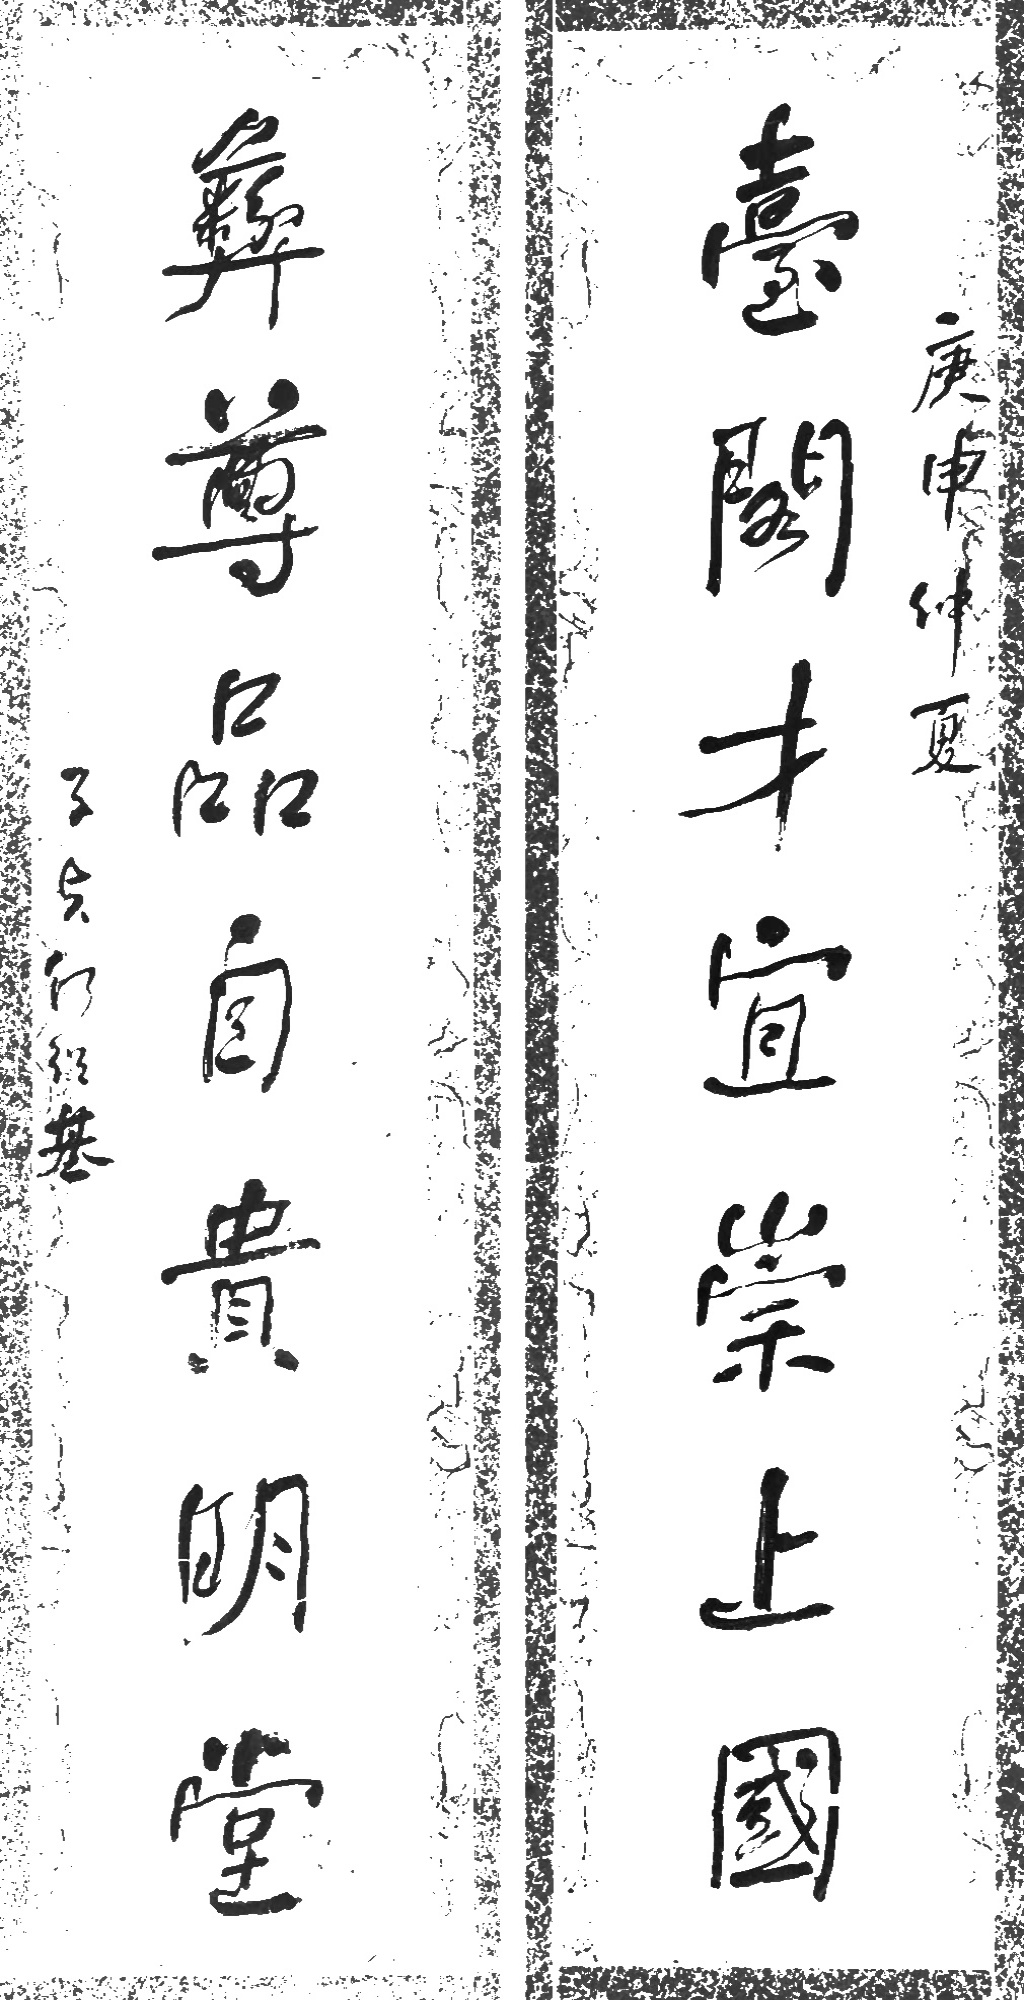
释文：台阁才宜崇上国，彝尊品自贵明堂。庚申仲夏，子贞何绍基。